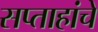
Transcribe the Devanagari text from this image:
सप्ताहांचे